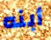
أبنه